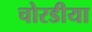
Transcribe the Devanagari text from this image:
चोरडीया